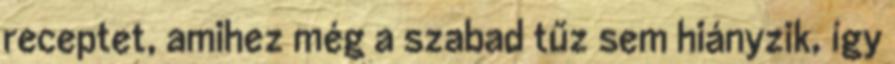
receptet, amihez még a szabad tűz sem hiányzik, így